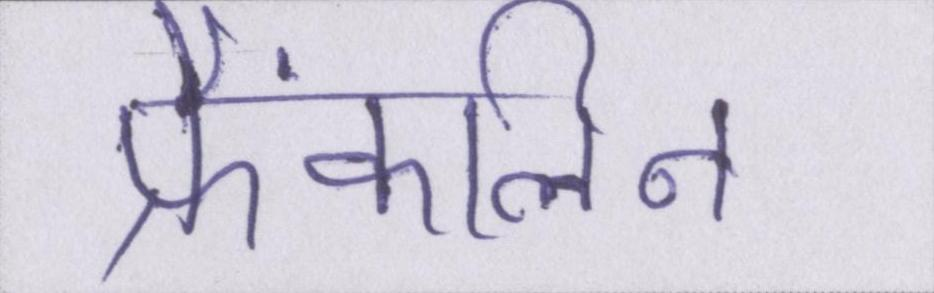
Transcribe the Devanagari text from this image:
फ्रैंकलिन